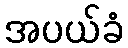
အပယ်ခံ